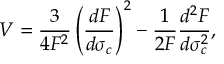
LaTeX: V = \frac { 3 } { 4 F ^ { 2 } } \left( \frac { d F } { d \sigma _ { c } } \right) ^ { 2 } - \frac { 1 } { 2 F } \frac { d ^ { 2 } F } { d \sigma _ { c } ^ { 2 } } ,